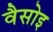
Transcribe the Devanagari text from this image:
वैसोइ